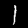
Digit: 1